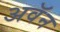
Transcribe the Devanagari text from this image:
अवॅन